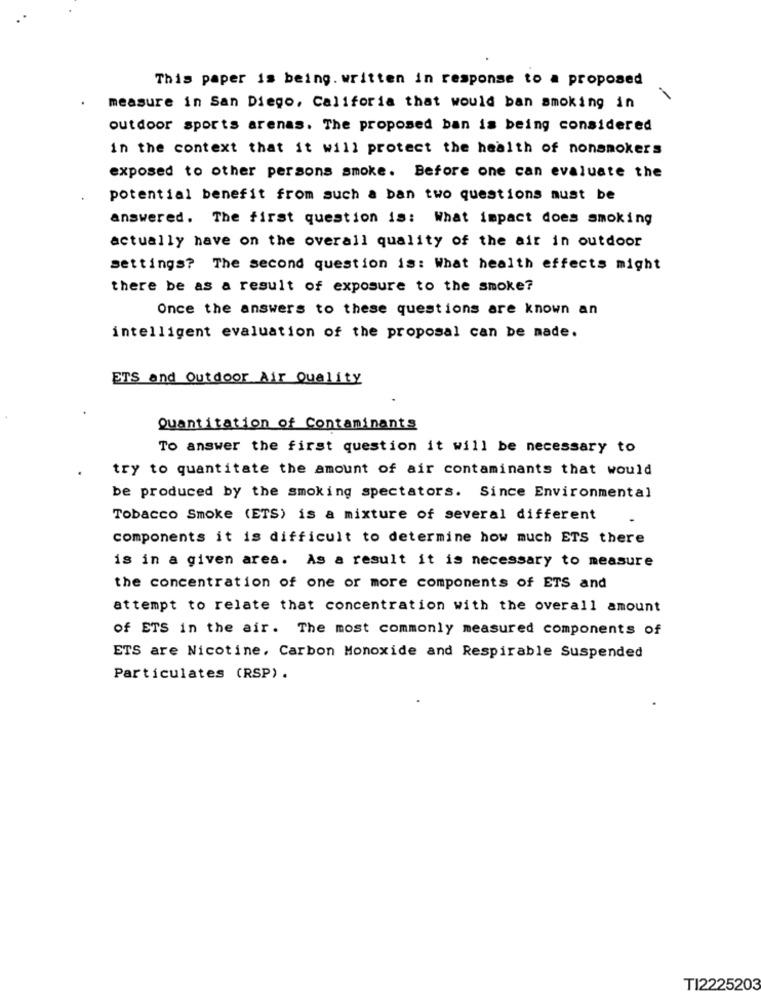
This paper is being. written in response to a proposed
measure in San Diego, Califoria that would ban smoking in
outdoor sports arenas. The proposed ban is being considered
in the context that it will protect the health of nonsmokers
exposed to other persons smoke. Before one can evaluate the
potential benefit from such a ban two questions must be
answered. The first question is: What impact does smoking
actually have on the overall quality of the air in outdoor
settings? The second question is: What health effects might
there be as a result of exposure to the smoke?
Once the answers to these questions are known an
intelligent evaluation of the proposal can be made.
ETS and Outdoor Air Quality
Quantitation of Contaminants
To answer the first question it will be necessary to
try to quantitate the amount of air contaminants that would
be produced by the smoking spectators. Since Environmental
Tobacco Smoke (ETS) is a mixture of several different
components it is difficult to determine how much ETS there
is in a given area. As a result it is necessary to measure
the concentration of one or more components of ETS and
attempt to relate that concentration with the overall amount
of ETS in the air. The most commonly measured components of
ETS are Nicotine, Carbon Monoxide and Respirable Suspended
Particulates (RSP) .
TI2225203